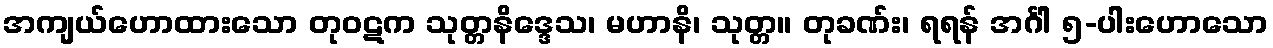
အကျယ်ဟောထားသော တုဝဋက သုတ္တနိဒ္ဒေသ၊ မဟာနိ၊ သုတ္တ။ တုခဏ်း၊ ရရန် အင်္ဂါ ၅-ပါးဟောသော